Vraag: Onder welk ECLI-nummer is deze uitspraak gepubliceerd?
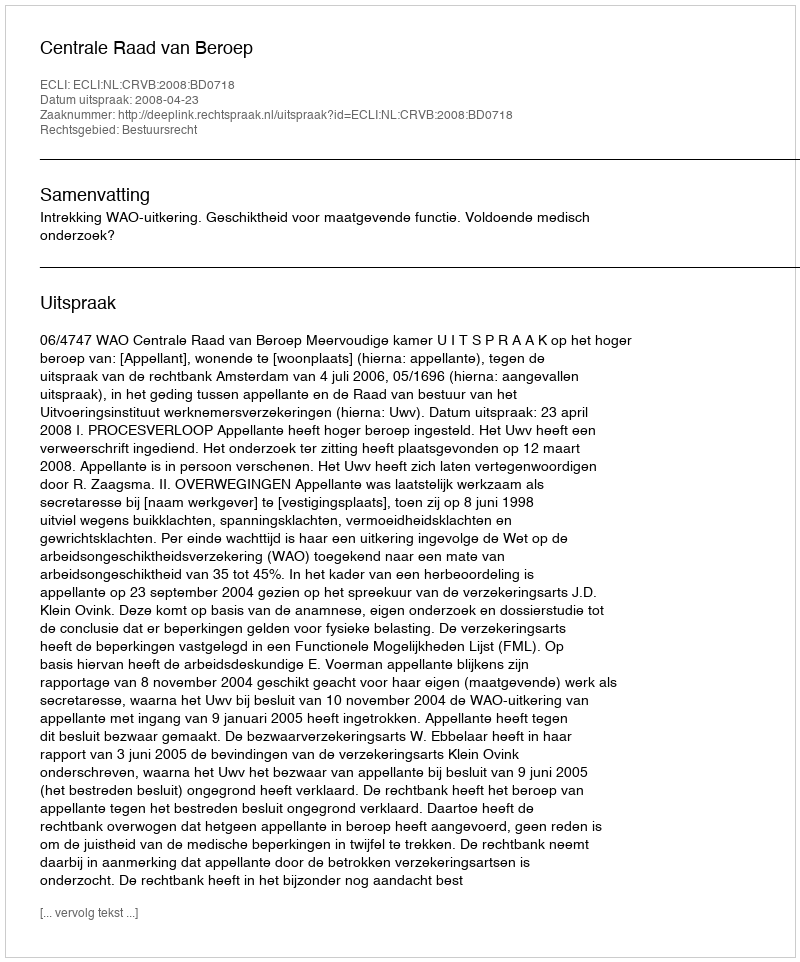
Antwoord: ECLI:NL:CRVB:2008:BD0718